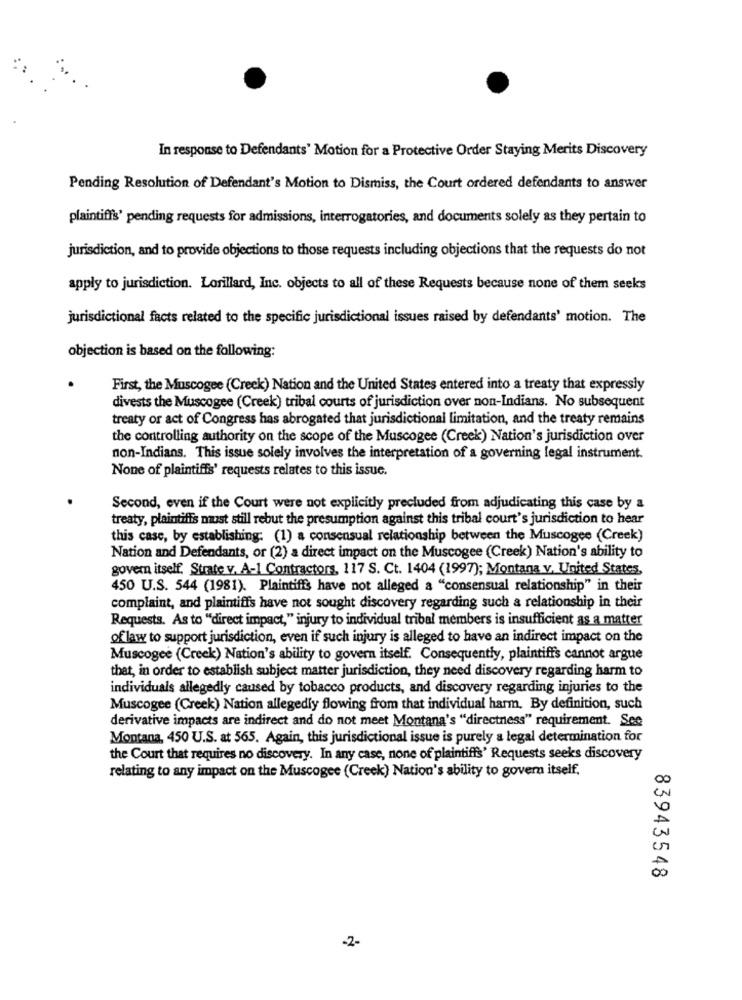
In response to Defendants' Motion for a Protective Order Staying Merits Discovery
Pending Resolution of Defendant's Motion to Dismiss, the Court ordered defendants to answer
plaintiffs' pending requests for admissions, interrogatories, and documents solely as they pertain to
jurisdiction, and to provide objections to those requests including objections that the requests do not
apply to jurisdiction. Lorillard, Inc. objects to all of these Requests because none of them seeks
jurisdictional facts related to the specific jurisdictional issues raised by defendants' motion. The
objection is based on the following:
First, the Muscogee (Creek) Nation and the United States entered into a treaty that expressly
divests the Muscogee (Creek) tribal courts of jurisdiction over non-Indians. No subsequent
treaty or act of Congress has abrogated that jurisdictional limitation, and the treaty remains
the controlling authority on the scope of the Muscogee (Creek) Nation's jurisdiction over
non-Indians. This issue solely involves the interpretation of a governing legal instrument.
None of plaintiffs' requests relates to this issue.
Second, even if the Court were not explicitly precluded from adjudicating this case by a
treaty, plaintiffs must still rebut the presumption against this tribal court's jurisdiction to hear
this case, by establishing: (1) a consensual relationship between the Muscogee (Creek)
Nation and Defendants, or (2) a direct impact on the Muscogee (Creek) Nation's ability to
govern itself. Strate v. A-1 Contractors, 117 S. Ct. 1404 (1997); Montana v. United States,
450 U.S. 544 (1981). Plaintiffs have not alleged a "consensual relationship" in their
complaint, and plaintiffs have not sought discovery regarding such a relationship in their
Requests. As to "direct impact," injury to individual tribal members is insufficient as a matter
of law to support jurisdiction, even if such injury is alleged to have an indirect impact on the
Muscogee (Creek) Nation's ability to govern itself. Consequently, plaintiffs cannot argue
that, in order to establish subject matter jurisdiction, they need discovery regarding harm to
individuals allegedly caused by tobacco products, and discovery regarding injuries to the
Muscogee (Creek) Nation allegedly flowing from that individual harm. By definition, such
derivative impacts are indirect and do not meet Montana's "directness" requirement. See
Montana, 450 U.S. at 565. Again, this jurisdictional issue is purely a legal determination for
the Court that requires no discovery. In any case, none of plaintiffs' Requests seeks discovery
relating to any impact on the Muscogee (Creek) Nation's ability to govern itself.
83943548
-2-